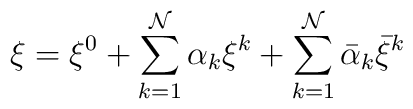
\xi = \xi^{0} + \sum_{k=1}^{\cal N} \alpha_k \xi^{k}+\sum_{k=1}^{\cal N} \bar \alpha_k \bar \xi^{k}